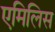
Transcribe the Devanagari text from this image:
एमिलिस